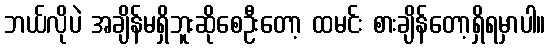
ဘယ်လိုပဲ အချိန်မရှိဘူးဆိုစေဦးတော့ ထမင်း စားချိန်တော့ရှိရမှာပါ။